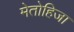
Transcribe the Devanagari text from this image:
मेतोहिजा